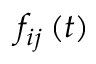
f _ { i j } \left( t \right)